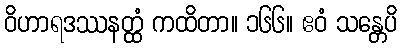
ဝိဟာရဒဿနတ္ထံ ကထိတာ။ ၁၆၆။ ဧဝံ သန္တေပိ